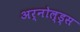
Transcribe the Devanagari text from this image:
अर्नोल्ड्स